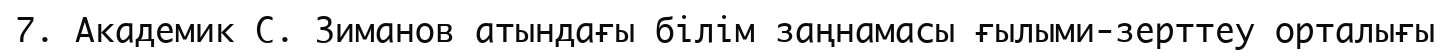
7. Академик С. Зиманов атындағы білім заңнамасы ғылыми-зерттеу орталығы